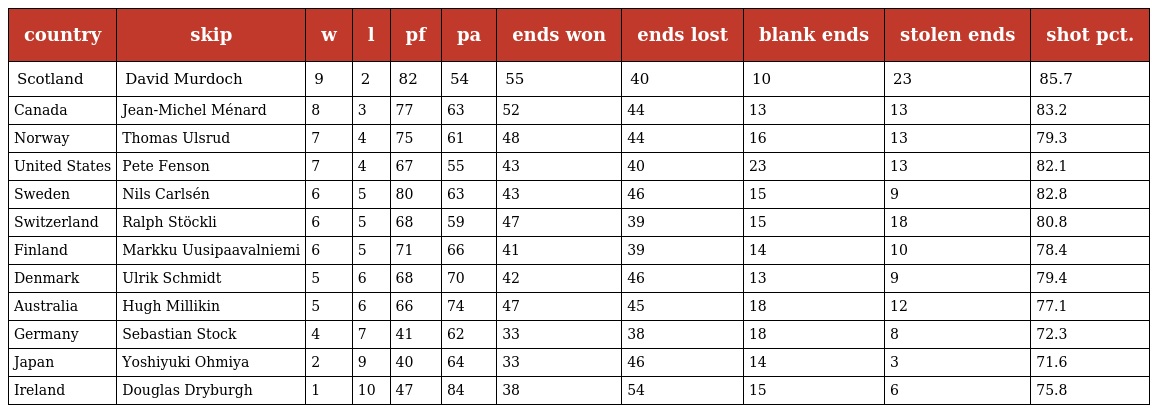
| country | skip | w | l | pf | pa | ends won | ends lost | blank ends | stolen ends | shot pct. |
 | --- | --- | --- | --- | --- | --- | --- | --- | --- | --- | --- |
 | Scotland | David Murdoch | 9 | 2 | 82 | 54 | 55 | 40 | 10 | 23 | 85.7 |
 | Canada | Jean-Michel Ménard | 8 | 3 | 77 | 63 | 52 | 44 | 13 | 13 | 83.2 |
 | Norway | Thomas Ulsrud | 7 | 4 | 75 | 61 | 48 | 44 | 16 | 13 | 79.3 |
 | United States | Pete Fenson | 7 | 4 | 67 | 55 | 43 | 40 | 23 | 13 | 82.1 |
 | Sweden | Nils Carlsén | 6 | 5 | 80 | 63 | 43 | 46 | 15 | 9 | 82.8 |
 | Switzerland | Ralph Stöckli | 6 | 5 | 68 | 59 | 47 | 39 | 15 | 18 | 80.8 |
 | Finland | Markku Uusipaavalniemi | 6 | 5 | 71 | 66 | 41 | 39 | 14 | 10 | 78.4 |
 | Denmark | Ulrik Schmidt | 5 | 6 | 68 | 70 | 42 | 46 | 13 | 9 | 79.4 |
 | Australia | Hugh Millikin | 5 | 6 | 66 | 74 | 47 | 45 | 18 | 12 | 77.1 |
 | Germany | Sebastian Stock | 4 | 7 | 41 | 62 | 33 | 38 | 18 | 8 | 72.3 |
 | Japan | Yoshiyuki Ohmiya | 2 | 9 | 40 | 64 | 33 | 46 | 14 | 3 | 71.6 |
 | Ireland | Douglas Dryburgh | 1 | 10 | 47 | 84 | 38 | 54 | 15 | 6 | 75.8 |